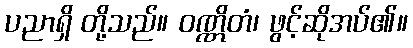
ပညာရှိ တို့သည်။ ဝဏ္ဏိတံ၊ ဖွင့်ဆိုအပ်၏။